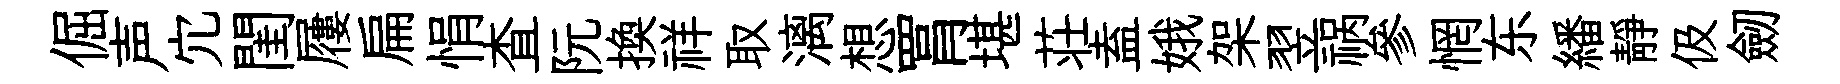
倔声宂閨屨扁悁查阮換祥取漓想罥堪荘盍娥架翌祸參惘东繙靜伋劒